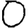
Digit: 0